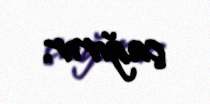
çağırır.